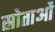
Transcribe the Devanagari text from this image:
स्रोताओं